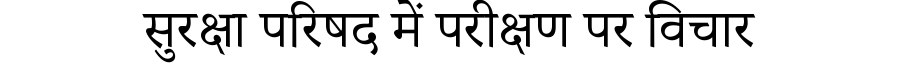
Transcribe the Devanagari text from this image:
सुरक्षा परिषद में परीक्षण पर विचार